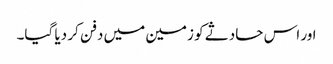
اور اس حادثے کو زمین میں دفن کر دیا گیا۔